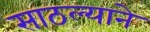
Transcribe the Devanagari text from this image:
साठल्याने